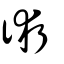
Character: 術